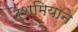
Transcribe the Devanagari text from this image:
रेशमियाने